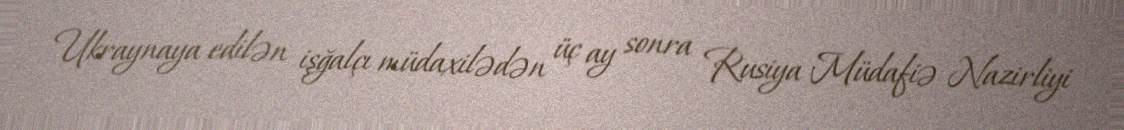
Ukraynaya edilən işğalçı müdaxilədən üç ay sonra Rusiya Müdafiə Nazirliyi